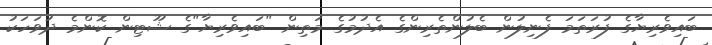
ބައިވެރިޔާގެ ފުރަތަމަ ފެނިލުން ބެލުންތެރިންގެ އެދުމުގެ މަތިން "ބައިވެރިޔާ"ގެ ޝޫޓިން ކޮންމެ ދުވަހަކު